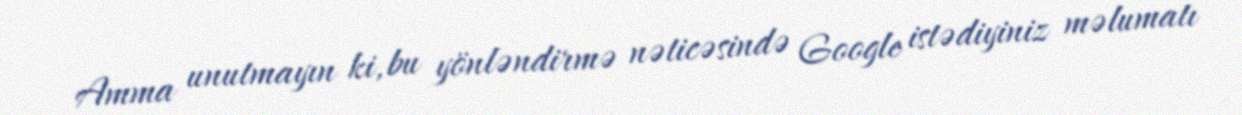
Amma unutmayın ki, bu yönləndirmə nəticəsində Google istədiyiniz məlumatı